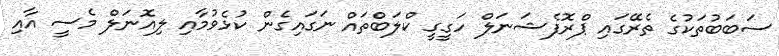
ސަބަބުތަކުގެ ތެރޭގައި ޕްރޮފެޝަނަލް ހަގީގީ ކްލަބްތައް ނަގައިގެން ކުޅެވުމާއި ލިއޮނަލް މެސީ އާއި